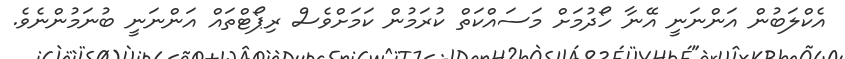
އެކްލަބުން އަންނަނީ އޭނާ ހޯދުމަށް މަސައްކަތް ކުރަމުން ކަމަށްވެސް ރިޕޯޓްތައް އަންނަނީ ބުނަމުންނެވެ.